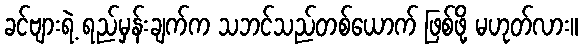
ခင်ဗျားရဲ့ ရည်မှန်းချက်က သဘင်သည်တစ်ယောက် ဖြစ်ဖို့ မဟုတ်လား။